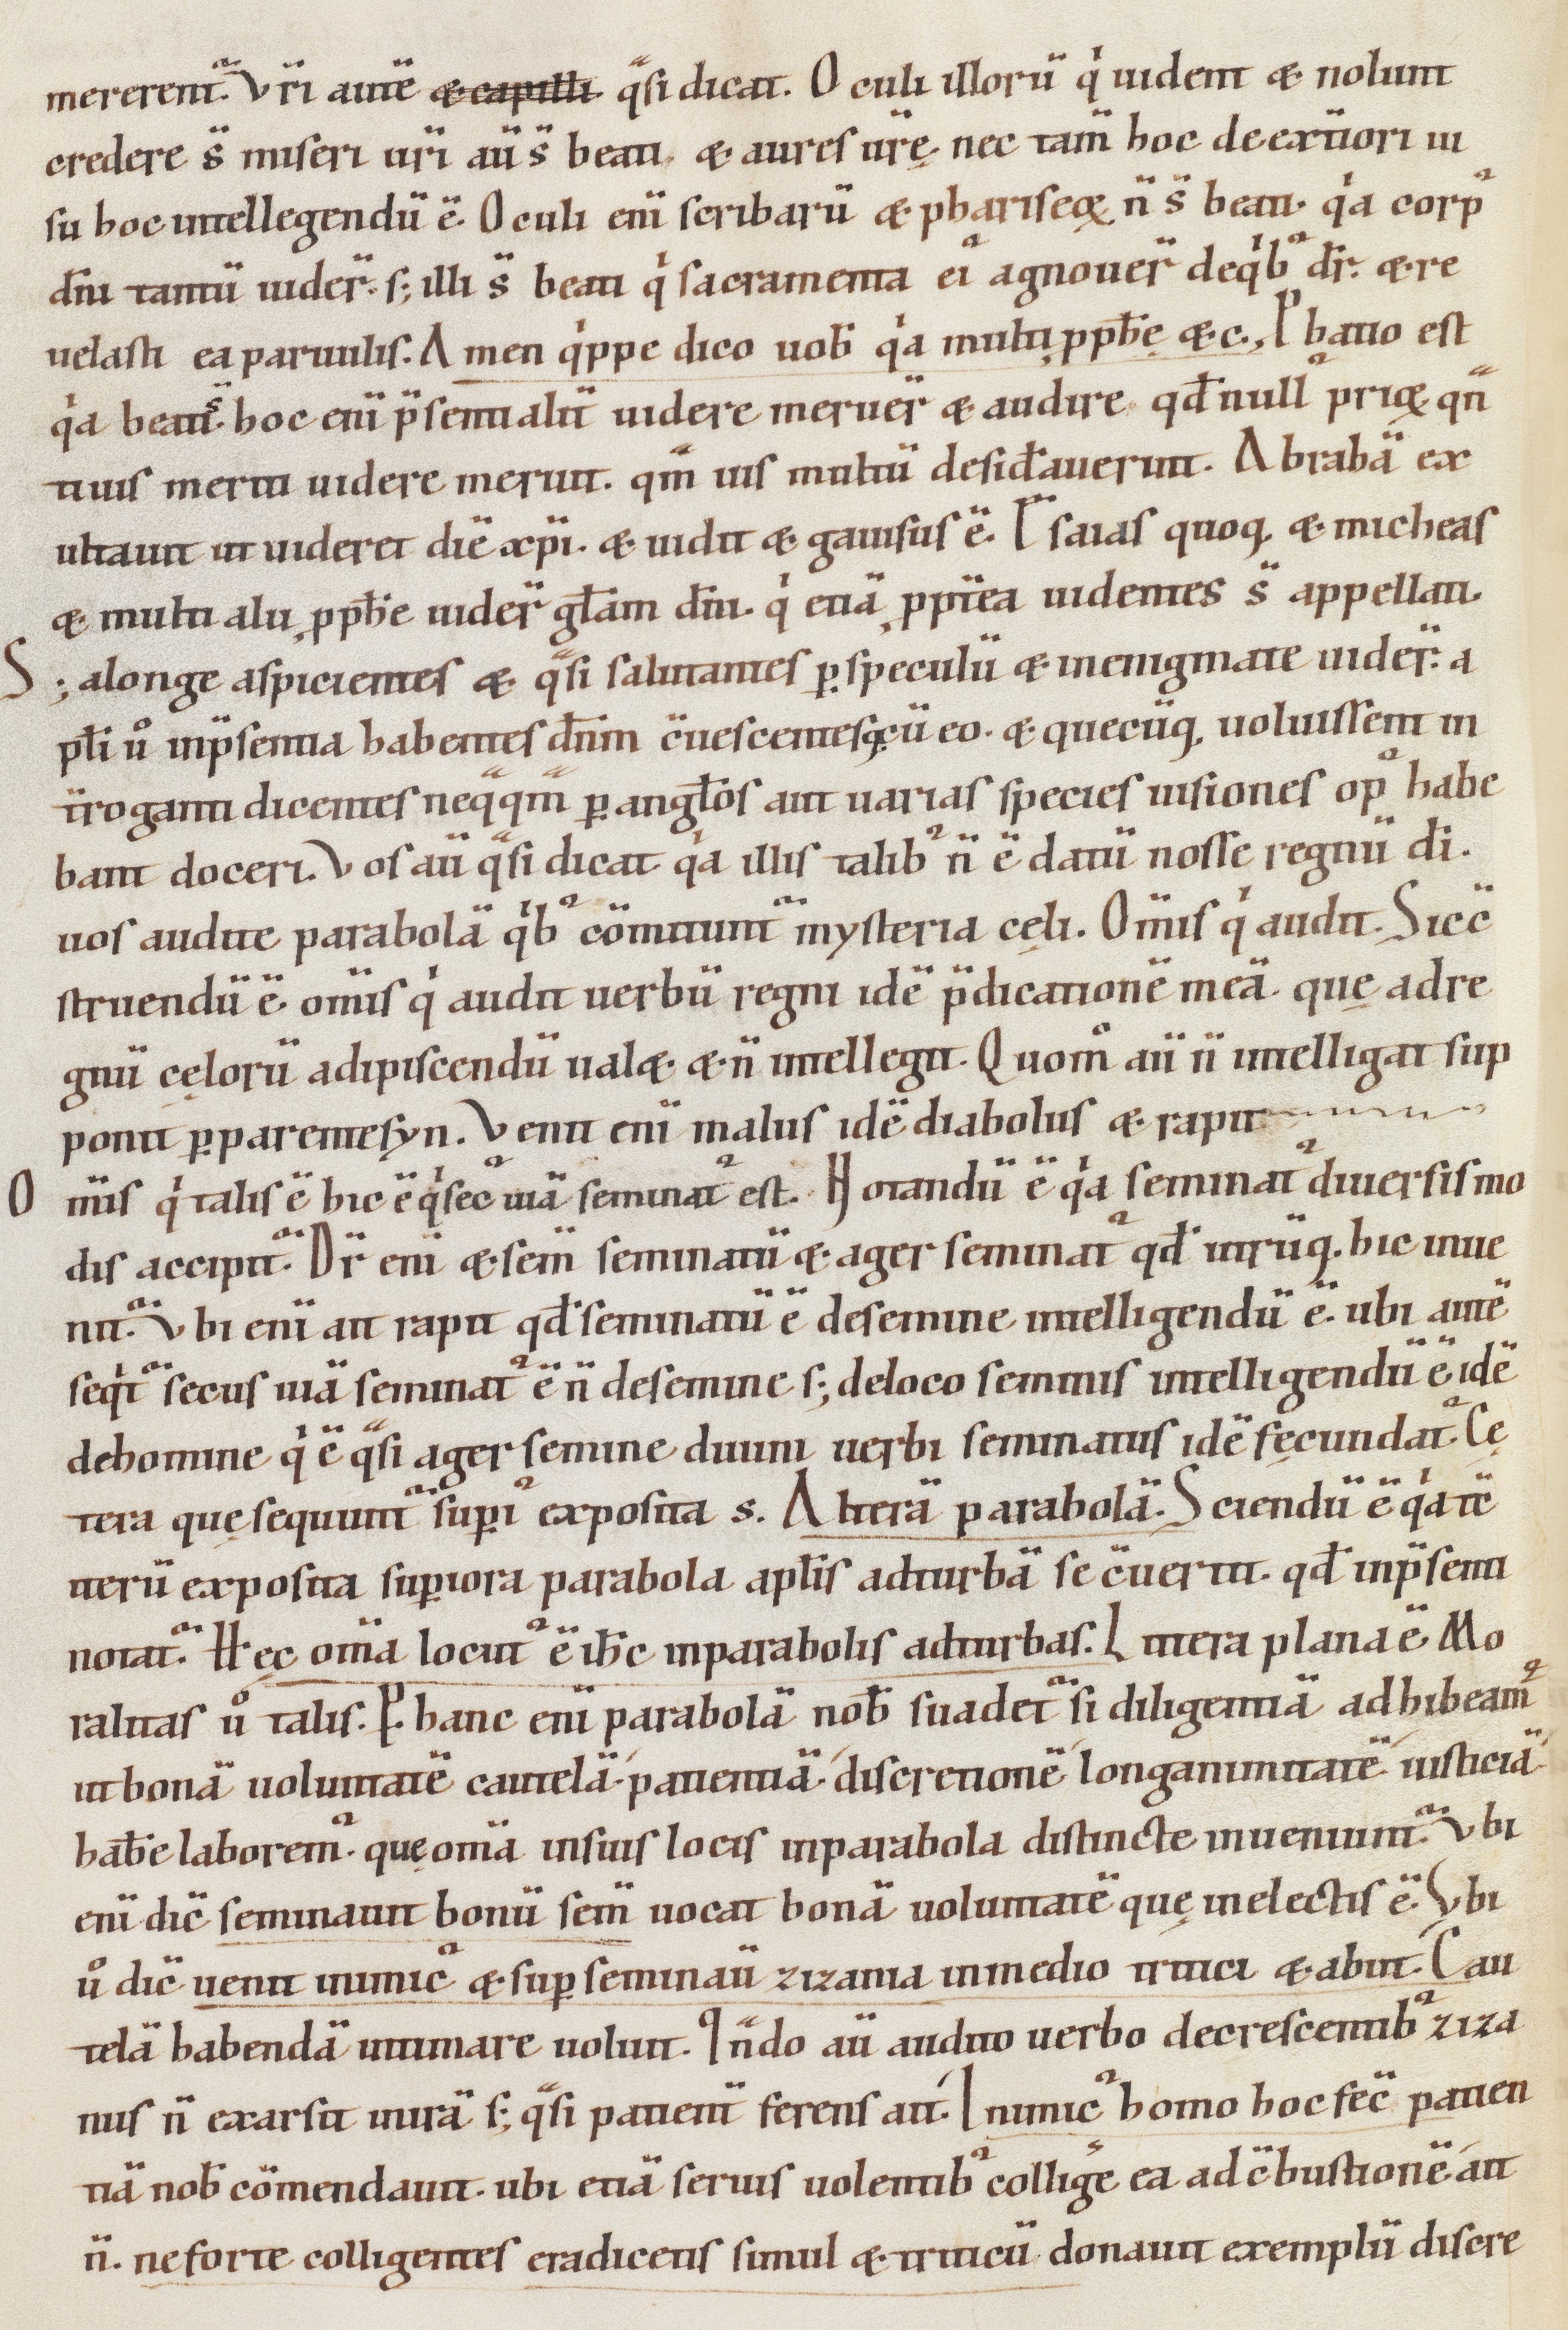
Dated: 1000–1199